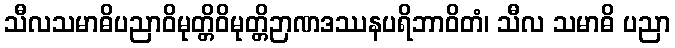
သီလသမာဓိပညာဝိမုတ္တိဝိမုတ္တိဉာဏဒဿနပရိဘာဝိတံ၊ သီလ သမာဓိ ပညာ